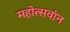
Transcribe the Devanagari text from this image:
महोत्सवांन